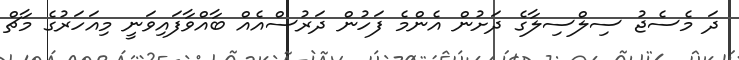
ދަ މެސެޖު ސިލްސިލާގެ ދަށުން އެންމެ ފަހުން ދަރުސްއެއް ބާއްވާފައިވަނީ މިއަހަރުގެ މާޗް